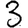
Digit: 3